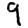
Digit: 9